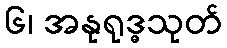
၆၊ အနုရုဒ္ဓသုတ်